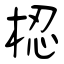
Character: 梕